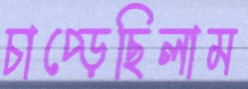
চাপ্‌ড়েছিলাম